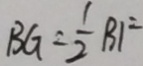
B G = \frac { 1 } { 2 } B F